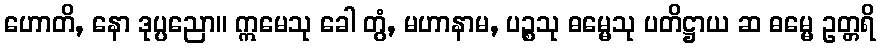
ဟောတိ, နော ဒုပ္ပညော။ ဣမေသု ခေါ တွံ, မဟာနာမ, ပဉ္စသု ဓမ္မေသု ပတိဋ္ဌာယ ဆ ဓမ္မေ ဥတ္တရိ